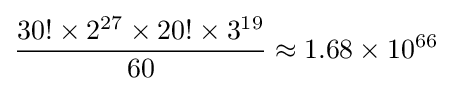
{\frac {30!\times 2^{27}\times 20!\times 3^{19}}{60}}\approx 1.68\times 10^{66}